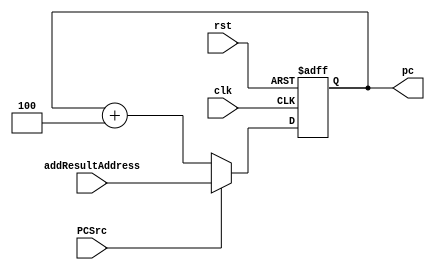
module PC (clk,rst,PCSrc,addResultAddress,pc);
	input clk,rst,PCSrc;
	input[31:0]addResultAddress;
    output 	reg	[31:0] 	pc;
	wire	[31:0]	pc_plus_4;
	assign pc_plus_4 = pc + 4;
    always @(posedge clk or posedge rst)
	begin
		if (rst)
		begin
			pc <= 32'd0;
		end
		else
		begin
			pc = (PCSrc)?addResultAddress:pc_plus_4;
		end
	end
	
 endmodule